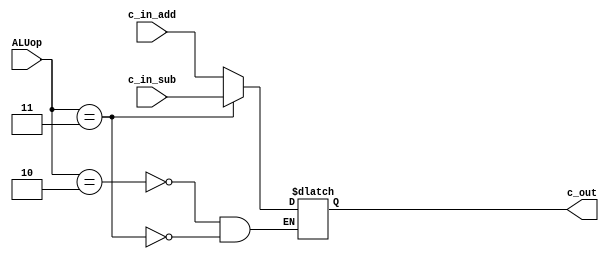
`timescale 1ns / 1ps
//////////////////////////////////////////////////////////////////////////////////
// Company: 
// Engineer: 
// 
// Design Name: 
// Module Name:    MUX_3x2_1bit 
// Project Name: 
// Target Devices: 
// Tool versions: 
// Description: 
//
// Dependencies: 
//
// Revision: 
// Revision 0.01 - File Created
// Additional Comments: 
//
//////////////////////////////////////////////////////////////////////////////////
module MUX_3x2_1bit(c_in_add,c_in_sub,c_out,ALUop);
	
	input c_in_add, c_in_sub;
	input [2:0] ALUop;
	output reg c_out;
	
	always@(*)
	begin
	case(ALUop)
		3'b010:  c_out = c_in_add;
		3'b011:  c_out = c_in_sub;
	endcase
	end
	
endmodule